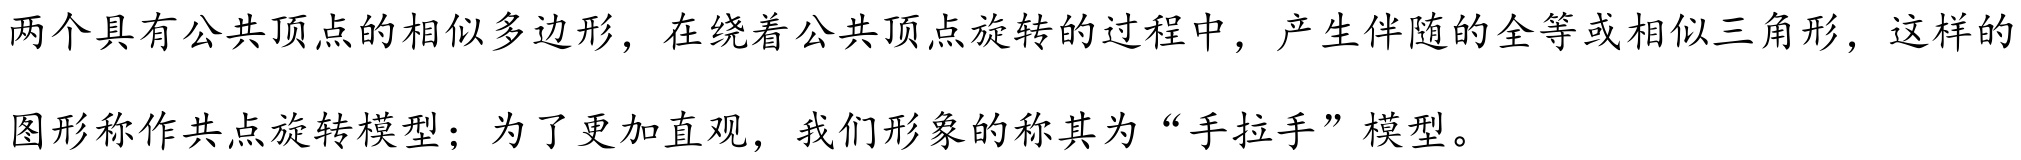
两个具有公共顶点的相似多边形，在绕着公共顶点旋转的过程中，产生伴随的全等或相似三角形，这样的图形称作共点旋转模型；为了更加直观，我们形象的称其为“手拉手”模型。